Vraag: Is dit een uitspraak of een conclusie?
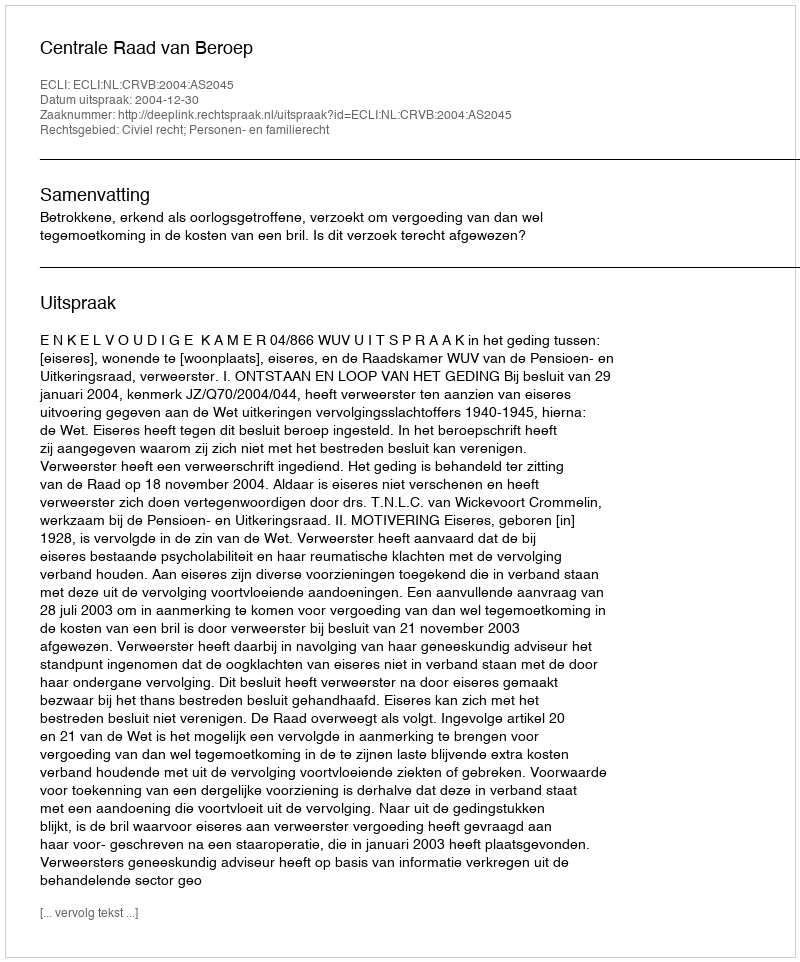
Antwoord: Uitspraak